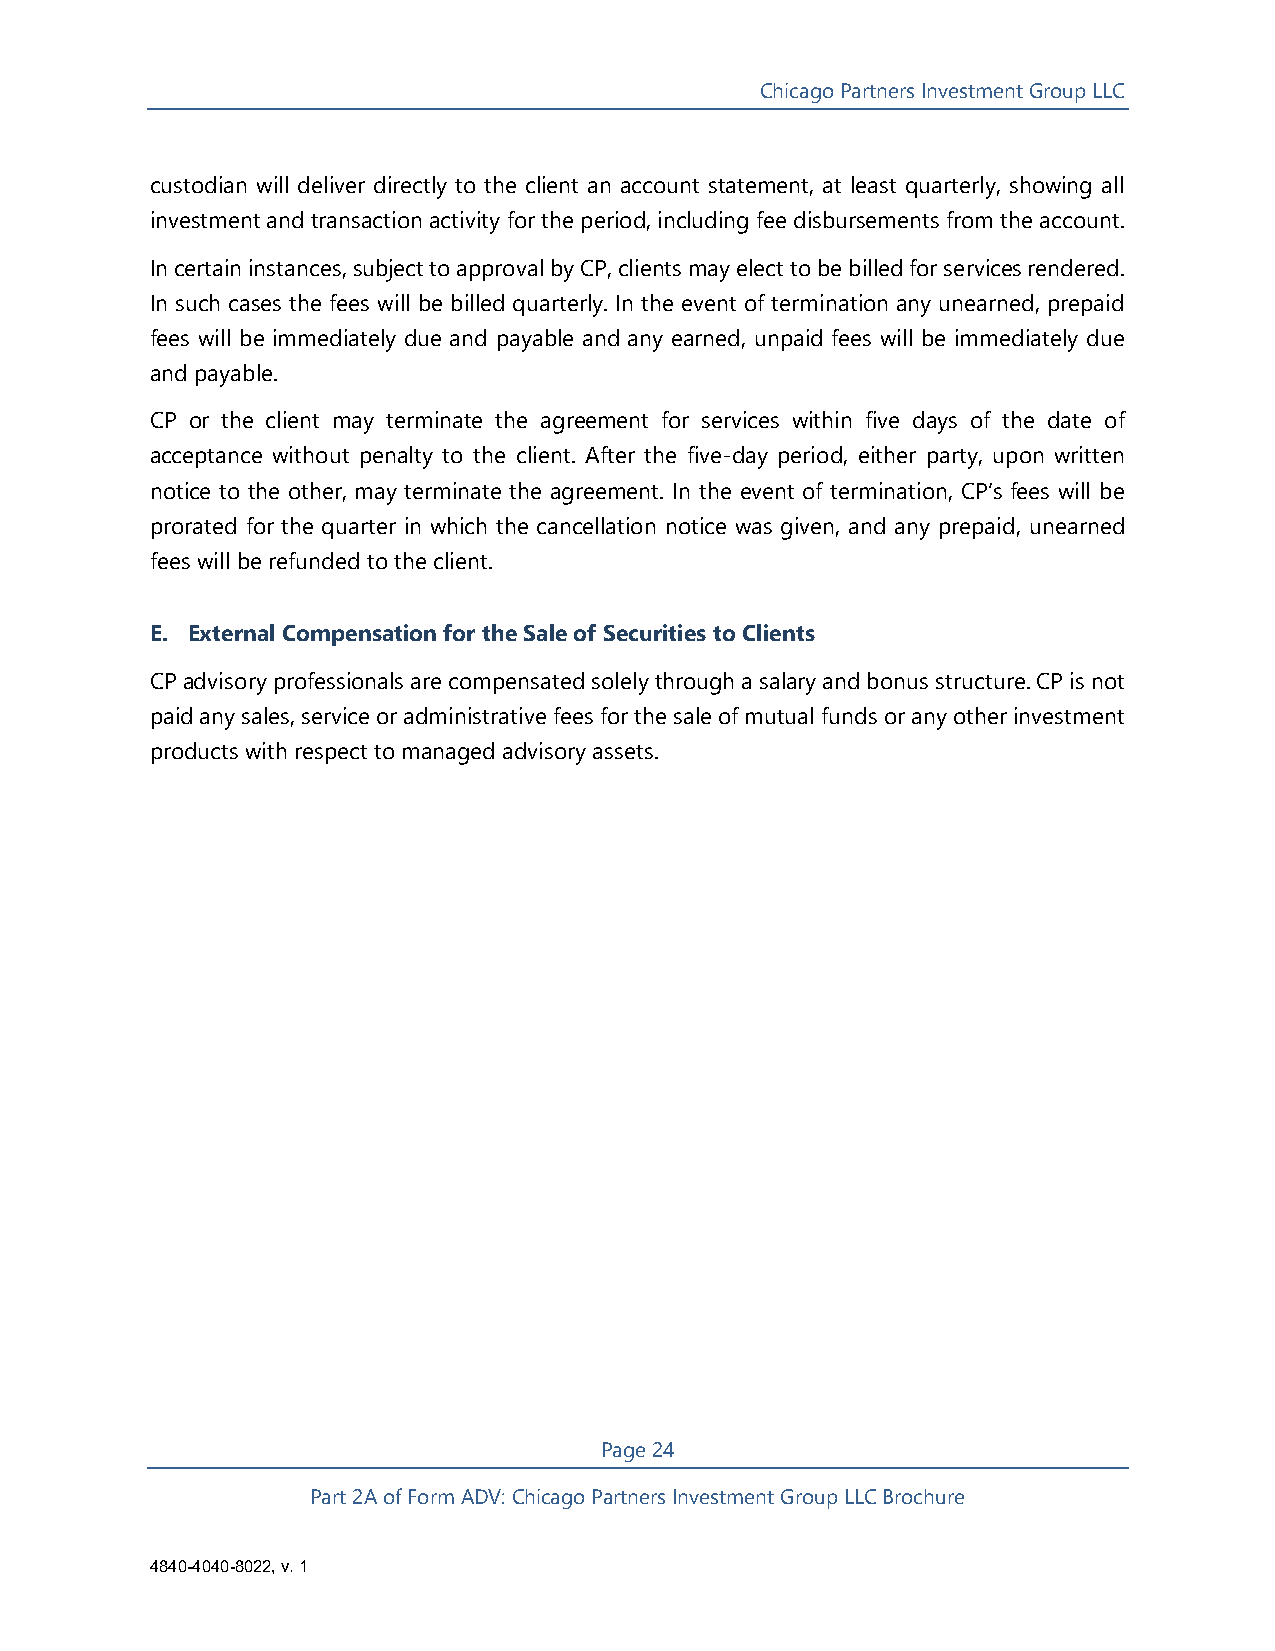
Chicago Partners Investment Group LLC
 custodian will deliver directly to the client an account statement, at least quarterly, showing all
 investment and transaction activity for the period, including fee disbursements from the account.
 In certain instances, subject to approval by CP, clients may elect to be billed for services rendered.
 In such cases the fees will be billed quarterly. In the event of termination any unearned, prepaid
 fees will be immediately due and payable and any earned, unpaid fees will be immediately due
 and payable.
 CP or the client may terminate the agreement for services within five days of the date of
 acceptance without penalty to the client. After the five-day period, either party, upon written
 notice to the other, may terminate the agreement. In the event of termination, CP’s fees will be
 prorated for the quarter in which the cancellation notice was given, and any prepaid, unearned
 fees will be refunded to the client.
 E. External Compensation for the Sale of Securities to Clients
 CP advisory professionals are compensated solely through a salary and bonus structure. CP is not
 paid any sales, service or administrative fees for the sale of mutual funds or any other investment
 products with respect to managed advisory assets.
 Page 24
 Part 2A of Form ADV: Chicago Partners Investment Group LLC Brochure
 4840-4040-8022, v. 1